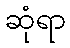
ဆုံရာ